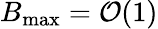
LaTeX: B_{\mathrm{max}}={\cal{O}}(1)